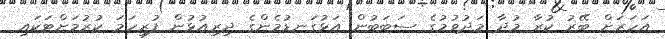
އަހަރަށް ބޭރު ކުރާ މުދާ މަދުވުމުގެ ސަބަބުން އަޅުގަނޑުމެންގެ ދިރިއުޅުން ފުރިހަމަ ކުރުމަށްޓަކައި